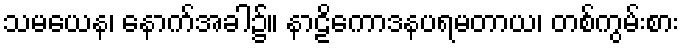
သမယေန၊ နောက်အခါ၌။ နာဠိကောဒနပရမတာယ၊ တစ်ကွမ်းစား